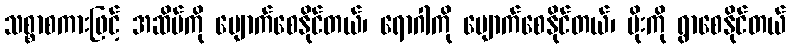
သစ္စာစကားဖြင့် အဆိပ်ကို ပျောက်စေနိုင်တယ်၊ ရောဂါကို ပျောက်စေနိုင်တယ်၊ မိုးကို ရွာစေနိုင်တယ်